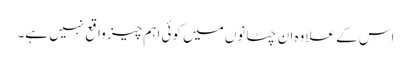
اس کے علاوہ ان چٹانوں میں کوئی اہم چیز واقع نہیں ہے۔